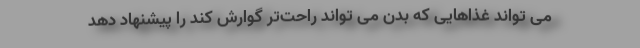
می تواند غذاهایی که بدن می تواند راحت‌تر گوارش کند را پیشنهاد دهد